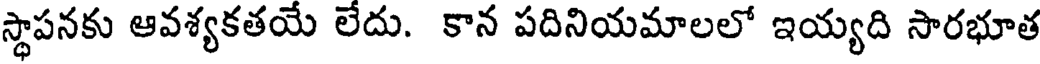
స్థాపనకు ఆవశ్యకతయే లేదు. కాన పదినియమాలలో ఇయ్యది సారభూత